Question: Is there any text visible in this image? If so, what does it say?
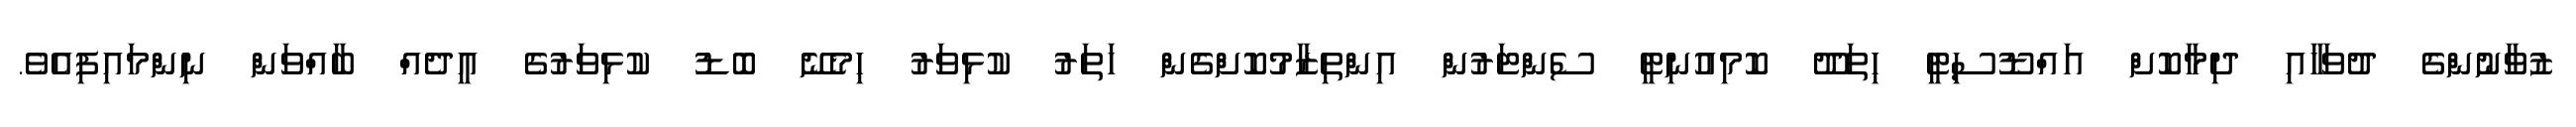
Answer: ޒުވާނުންގެ ދުވަހާއި ދިމާކޮށް އައްޑޫސިޓީ ހިތަދޫ ކޮމިއުނިޓީ ސެންޓަރުން އިންތިޒާމުކޮށްގެން ހަތަރު ކުޅިވަރު ހިމެނޭ ބޮޑު ކުޅިވަރުގެ އީދެއް ބާއްވަން ނިންމައިފިއެވެ.